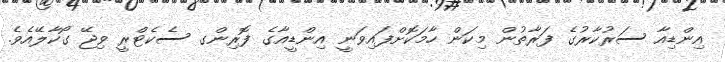
އިންޑިއާ ސަރުކާރުގެ ފަރާތުން މިކަން ހާމަކޮށްފައިވަނީ އިންޑީއާގެ ފޮރިންގ ސެކެޓްރީ ވިޖޭ ގޯކާލޭއެވެ.